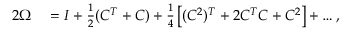
\begin{array} { r l } { 2 \Omega } & { { } = I + \frac { 1 } { 2 } ( C ^ { T } + C ) + \frac { 1 } { 4 } \left[ ( C ^ { 2 } ) ^ { T } + 2 C ^ { T } C + C ^ { 2 } \right] + \ldots , } \end{array}